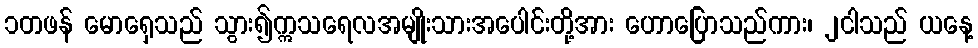
၁တဖန် မောရှေသည် သွား၍ဣသရေလအမျိုးသားအပေါင်းတို့အား ဟောပြောသည်ကား၊ ၂ငါသည် ယနေ့